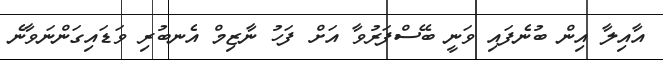
އާއިލާ އިން ބުނެފައި ވަނީ ބޭސްފަރުވާ އަށް ފަހު ނާޒިމް އެނބުރި ވަޑައިގަންނަވާނެ